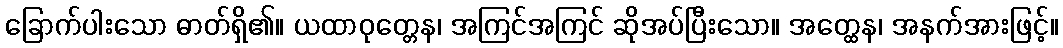
ခြောက်ပါးသော ဓာတ်ရှိ၏။ ယထာဝုတ္တေန၊ အကြင်အကြင် ဆိုအပ်ပြီးသော။ အတ္ထေန၊ အနက်အားဖြင့်။